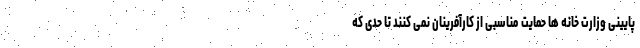
پایینی وزارت خانه ها حمایت مناسبی از کارآفرینان نمی کنند تا حدی که